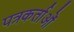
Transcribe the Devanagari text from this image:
पत्रकर्ताओं